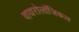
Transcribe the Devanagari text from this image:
वायरोलॉजिकल